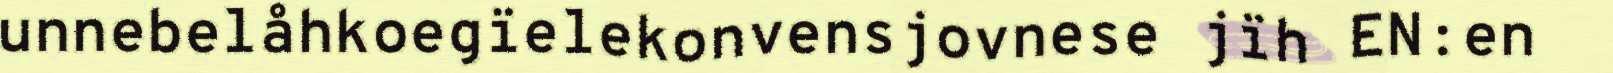
unnebelåhkoegïelekonvensjovnese jïh EN:en